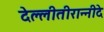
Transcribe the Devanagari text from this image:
देल्लीतीरान्नीदे